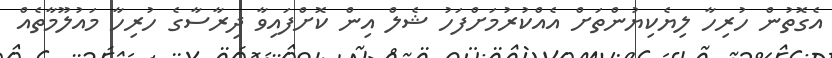
އެގޮތުން ހުރިހާ ލިޔެކިޔުންތަށް އެއްކުރުމަށްފަހު ޝެލް އިން ކޮށްފައިވާ ދިރާސާގެ ހުރިހާ މައުލޫމާތެއް